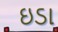
ઇડા